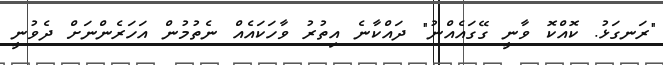
"ރަނގަޅު. ކޮއްކޮ ވާނީ ގޭގައެއްނު" ދައްކާނެ އިތުރު ވާހަކައެއް ނެތުމުން އަހަރެންނަށް ދެވުނީ